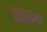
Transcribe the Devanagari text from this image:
बिलिंगा